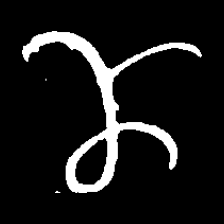
Pyu character \u2014 Myanmar letter: ဏ (romanized: nna)